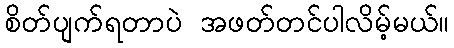
စိတ်ပျက်ရတာပဲ အဖတ်တင်ပါလိမ့်မယ်။